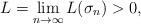
LaTeX: \begin{align*}L=\lim_{n\rightarrow\infty} L(\sigma_n)>0,\end{align*}